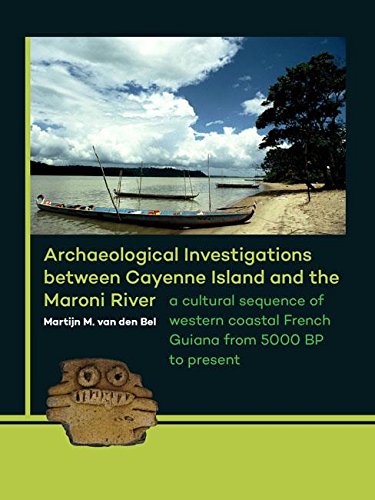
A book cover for Archaeological Investigations between Cayenne Island and the Maroni River: A cultural sequence of western coastal French Guiana from 5000 BP to present; Martijn van den Bel; Travel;